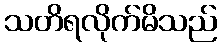
သတိရလိုက်မိသည်